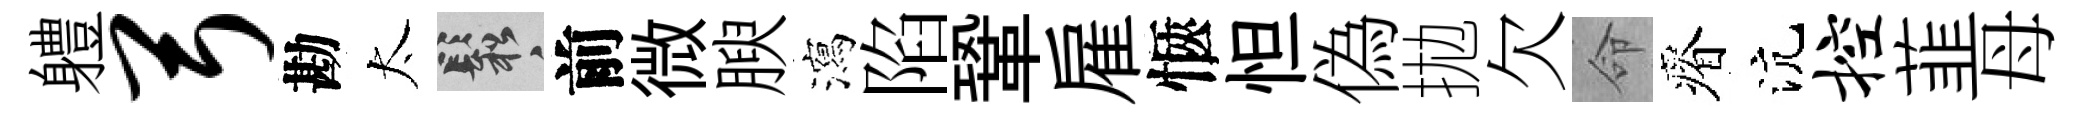
軆弓勘太鬆前微腴瀉陷鞏雇愜怛偽拋欠命瘠沆控韮母